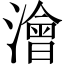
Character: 澮